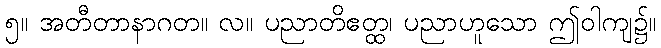
၅။ အတီတာနာဂတ။ လ။ ပညာတိဧတ္ထ၊ ပညာဟူသော ဤဝါကျ၌။